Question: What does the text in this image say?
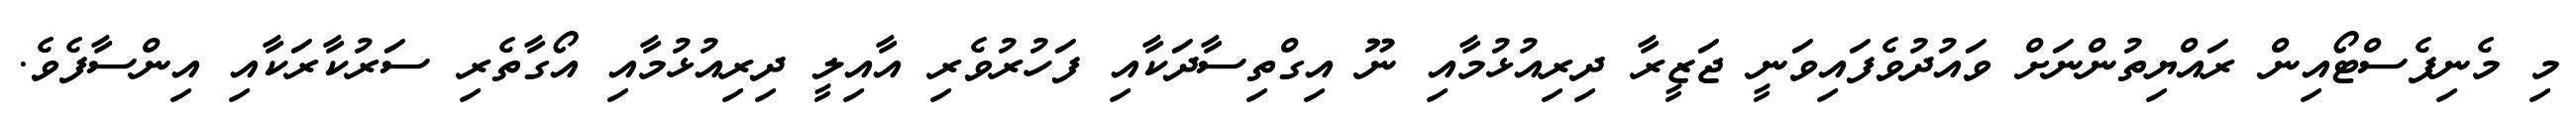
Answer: މި މެނިފެސްޓޯއިން ރައްޔިތުންނަށް ވައުދުވެފައިވަނީ ޖަޒީރާ ދިރިއުޅުމާއި ނޫ އިގްތިސާދަކާއި ފަހުރުވެރި އާއިލީ ދިރިއުޅުމާއި އޯގާތެރި ސަރުކާރަކާއި އިންސާފެވެ.